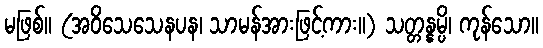
မဖြစ်။ (အဝိသေသေနပန၊ သာမန်အားဖြင့်ကား။) သတ္တန္နမ္ပိ၊ ကုန်သော။